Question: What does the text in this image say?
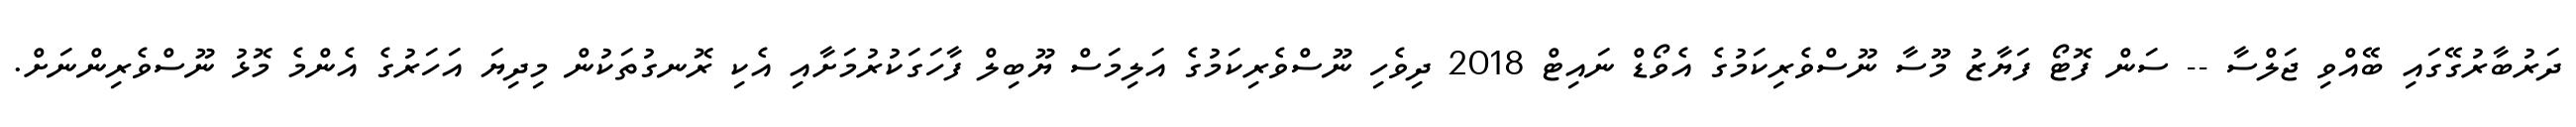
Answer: ދަރުބާރުގޭގައި ބޭއްވި ޖަލްސާ -- ސަން ފޮޓޯ ފަޔާޒު މޫސާ ނޫސްވެރިކަމުގެ އެވޯޑް ނައިޓް 2018 ދިވެހި ނޫސްވެރިކަމުގެ އަލިމަސް ޔޫބިލް ފާހަގަކުރުމަށާއި އެކި ރޮނގުތަކުން މިދިޔަ އަހަރުގެ އެންމެ މޮޅު ނޫސްވެރިންނަށް.